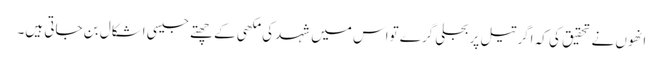
انھوں نے تحقیق کی کہ اگر تیل پربجلی گرے تواس میں شہد کی مکھی کے چھتے جیسی اشکال بن جاتی ہیں۔